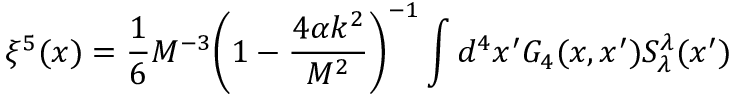
\xi ^ { 5 } ( x ) = \frac { 1 } { 6 } M ^ { - 3 } \bigg ( 1 - \frac { 4 \alpha k ^ { 2 } } { M ^ { 2 } } \bigg ) ^ { - 1 } \int d ^ { 4 } x ^ { \prime } G _ { 4 } ( x , x ^ { \prime } ) S _ { \lambda } ^ { \lambda } ( x ^ { \prime } )